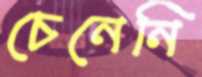
চেনেনি